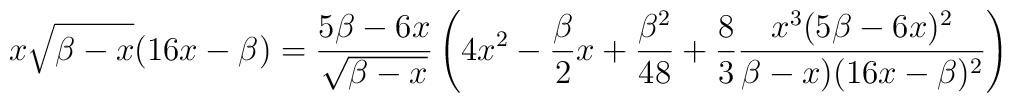
x\sqrt{\beta -x} (16x-\beta) =\frac{ 5\beta - 6x}{\sqrt{\beta-x}}\left(4x^2 - \frac{\beta}{2}x +\frac{\beta^2}{48} +\frac{8}{3}\frac{x^3 (5\beta -6x)^2}{\beta-x)(16x-\beta)^2}\right)